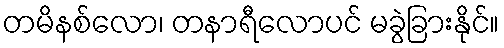
တမိနစ်လော၊ တနာရီလောပင် မခွဲခြားနိုင်။